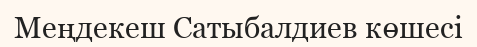
Меңдекеш Сатыбалдиев көшесі